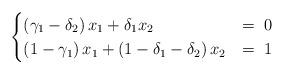
LaTeX: \begin{align*}\begin{cases}\left(\gamma_{1}-\delta_{2}\right)x_{1}+\delta_{1}x_{2} & =\;0\\\left(1-\gamma_{1}\right)x_{1}+\left(1-\delta_{1}-\delta_{2}\right)x_{2} & =\;1\end{cases}\end{align*}